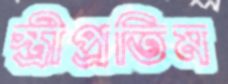
স্ত্রীপ্রতিম